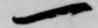
一